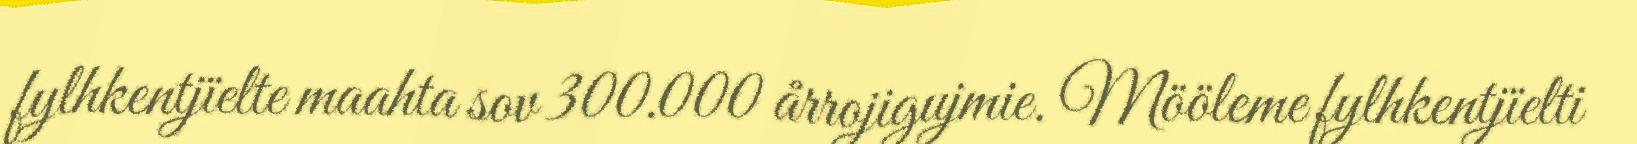
fylhkentjïelte maahta sov 300.000 årrojigujmie. Mööleme fylhkentjïelti